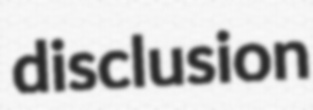
disclusion